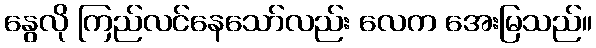
နွေလို ကြည်လင်နေသော်လည်း လေက အေးမြသည်။